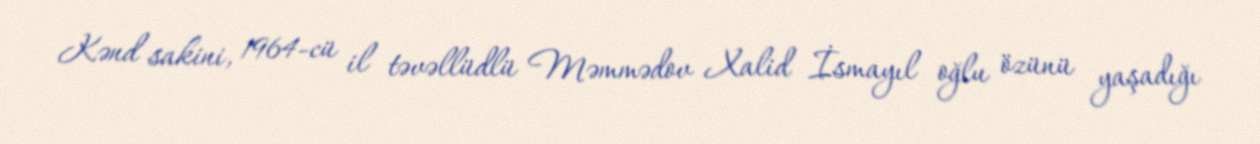
Kənd sakini, 1964-cü il təvəllüdlü Məmmədov Xalid İsmayıl oğlu özünü yaşadığı